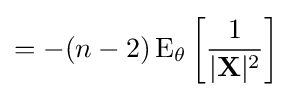
=-(n-2)\operatorname {E} _{\theta }\left[{\frac {1}{|\mathbf {X} |^{2}}}\right]